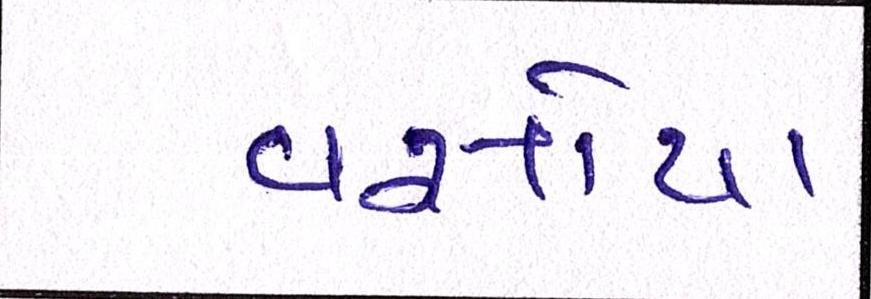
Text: વસોયા